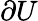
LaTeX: \partial U